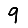
Digit: 9